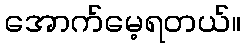
အောက်မေ့ရတယ်။